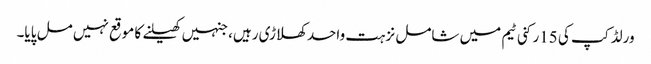
ورلڈ کپ کی 15رکنی ٹیم میں شامل نزہت واحد کھلاڑی رہیں، جنہیں کھیلنے کا موقع نہیں مل پایا۔